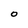
Character: 0